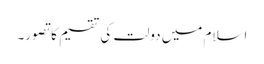
اسلام میں دولت کی تقسیم کا تصور۔